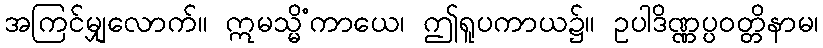
အကြင်မျှလောက်။ ဣမသ္မိံကာယေ၊ ဤရူပကာယ၌။ ဥပါဒိဏ္ဏပ္ပဝတ္တိနာမ၊